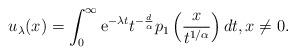
LaTeX: \begin{align*}u_\lambda(x)=\int_0^\infty \mathrm{e}^{-\lambda t} t^{-\frac{d}{\alpha}} p_1\left(\frac{x}{t^{1/\alpha}}\right)dt,x\neq 0.\end{align*}